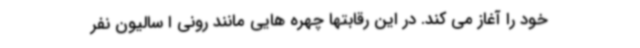
خود را آغاز می کند. در این رقابتها چهره هایی مانند رونی ا سالیون نفر